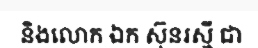
និងលោក ឯក ស៊ុនរស្មី ជា